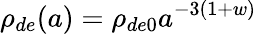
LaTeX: \rho_{de}(a)=\rho_{de0}a^{-3(1+w)}